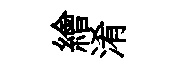
繪淆